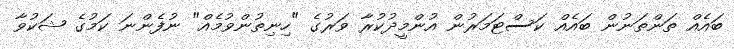
ބައެއް ތަންތަނުން ބައެއް ކަސްޓަމަރުން އުންމީދުކުރާ ވަރުގެ "ހިނިތުންވުމެއް" ނުފެންނަ ކަމުގެ ޝަކުވާ